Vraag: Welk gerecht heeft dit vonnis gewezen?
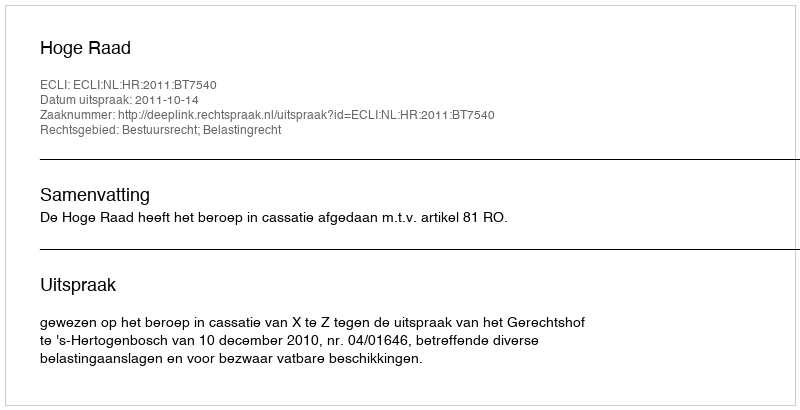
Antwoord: Hoge Raad